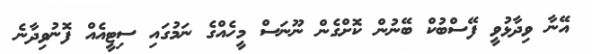
އޭނާ ވިދާޅުވީ ފޭސްބުކް ބޭނުން ކޮށްގެން ނޫނަސް މީހެއްގެ ނަމުގައި ސިޓީއެއް ފޮނުވިދާނެ